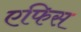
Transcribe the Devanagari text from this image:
एफिस